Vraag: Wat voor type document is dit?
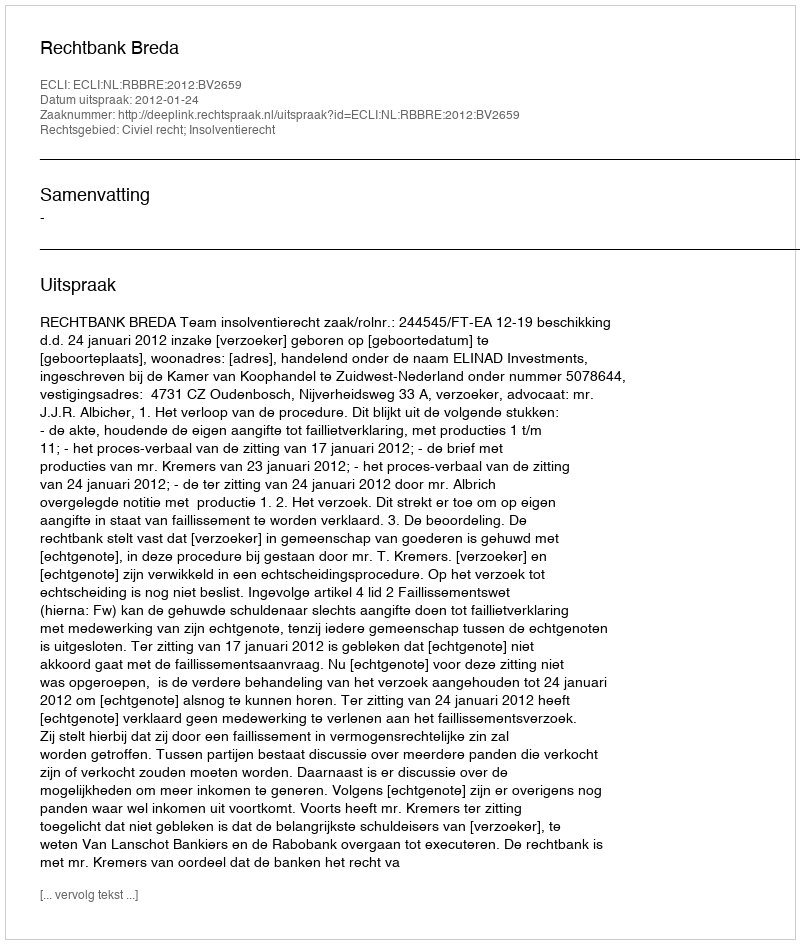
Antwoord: Uitspraak